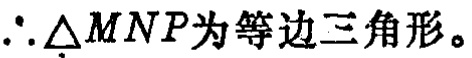
\(\therefore \triangle MNP为等边三角形。\)